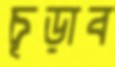
চূড়াব